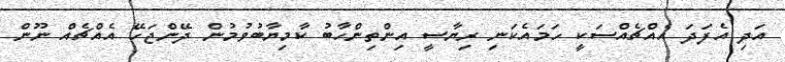
އަދި އެފަދަ އެއްޗެއްސަކީ ހަމައެކަނި ރިޔާސީ އިންތިންހާބު ކާމިޔާބުވުމުން ދޭންޖަހޭ އެއްޗެއް ނޫން